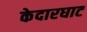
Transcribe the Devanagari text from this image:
केदारघाट